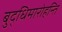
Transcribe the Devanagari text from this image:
बुद्धिमारोहन्ति